255_413270_UFO's_and_Defense_What_Should_we_Prepare_For
Agency: NASA
Page 15
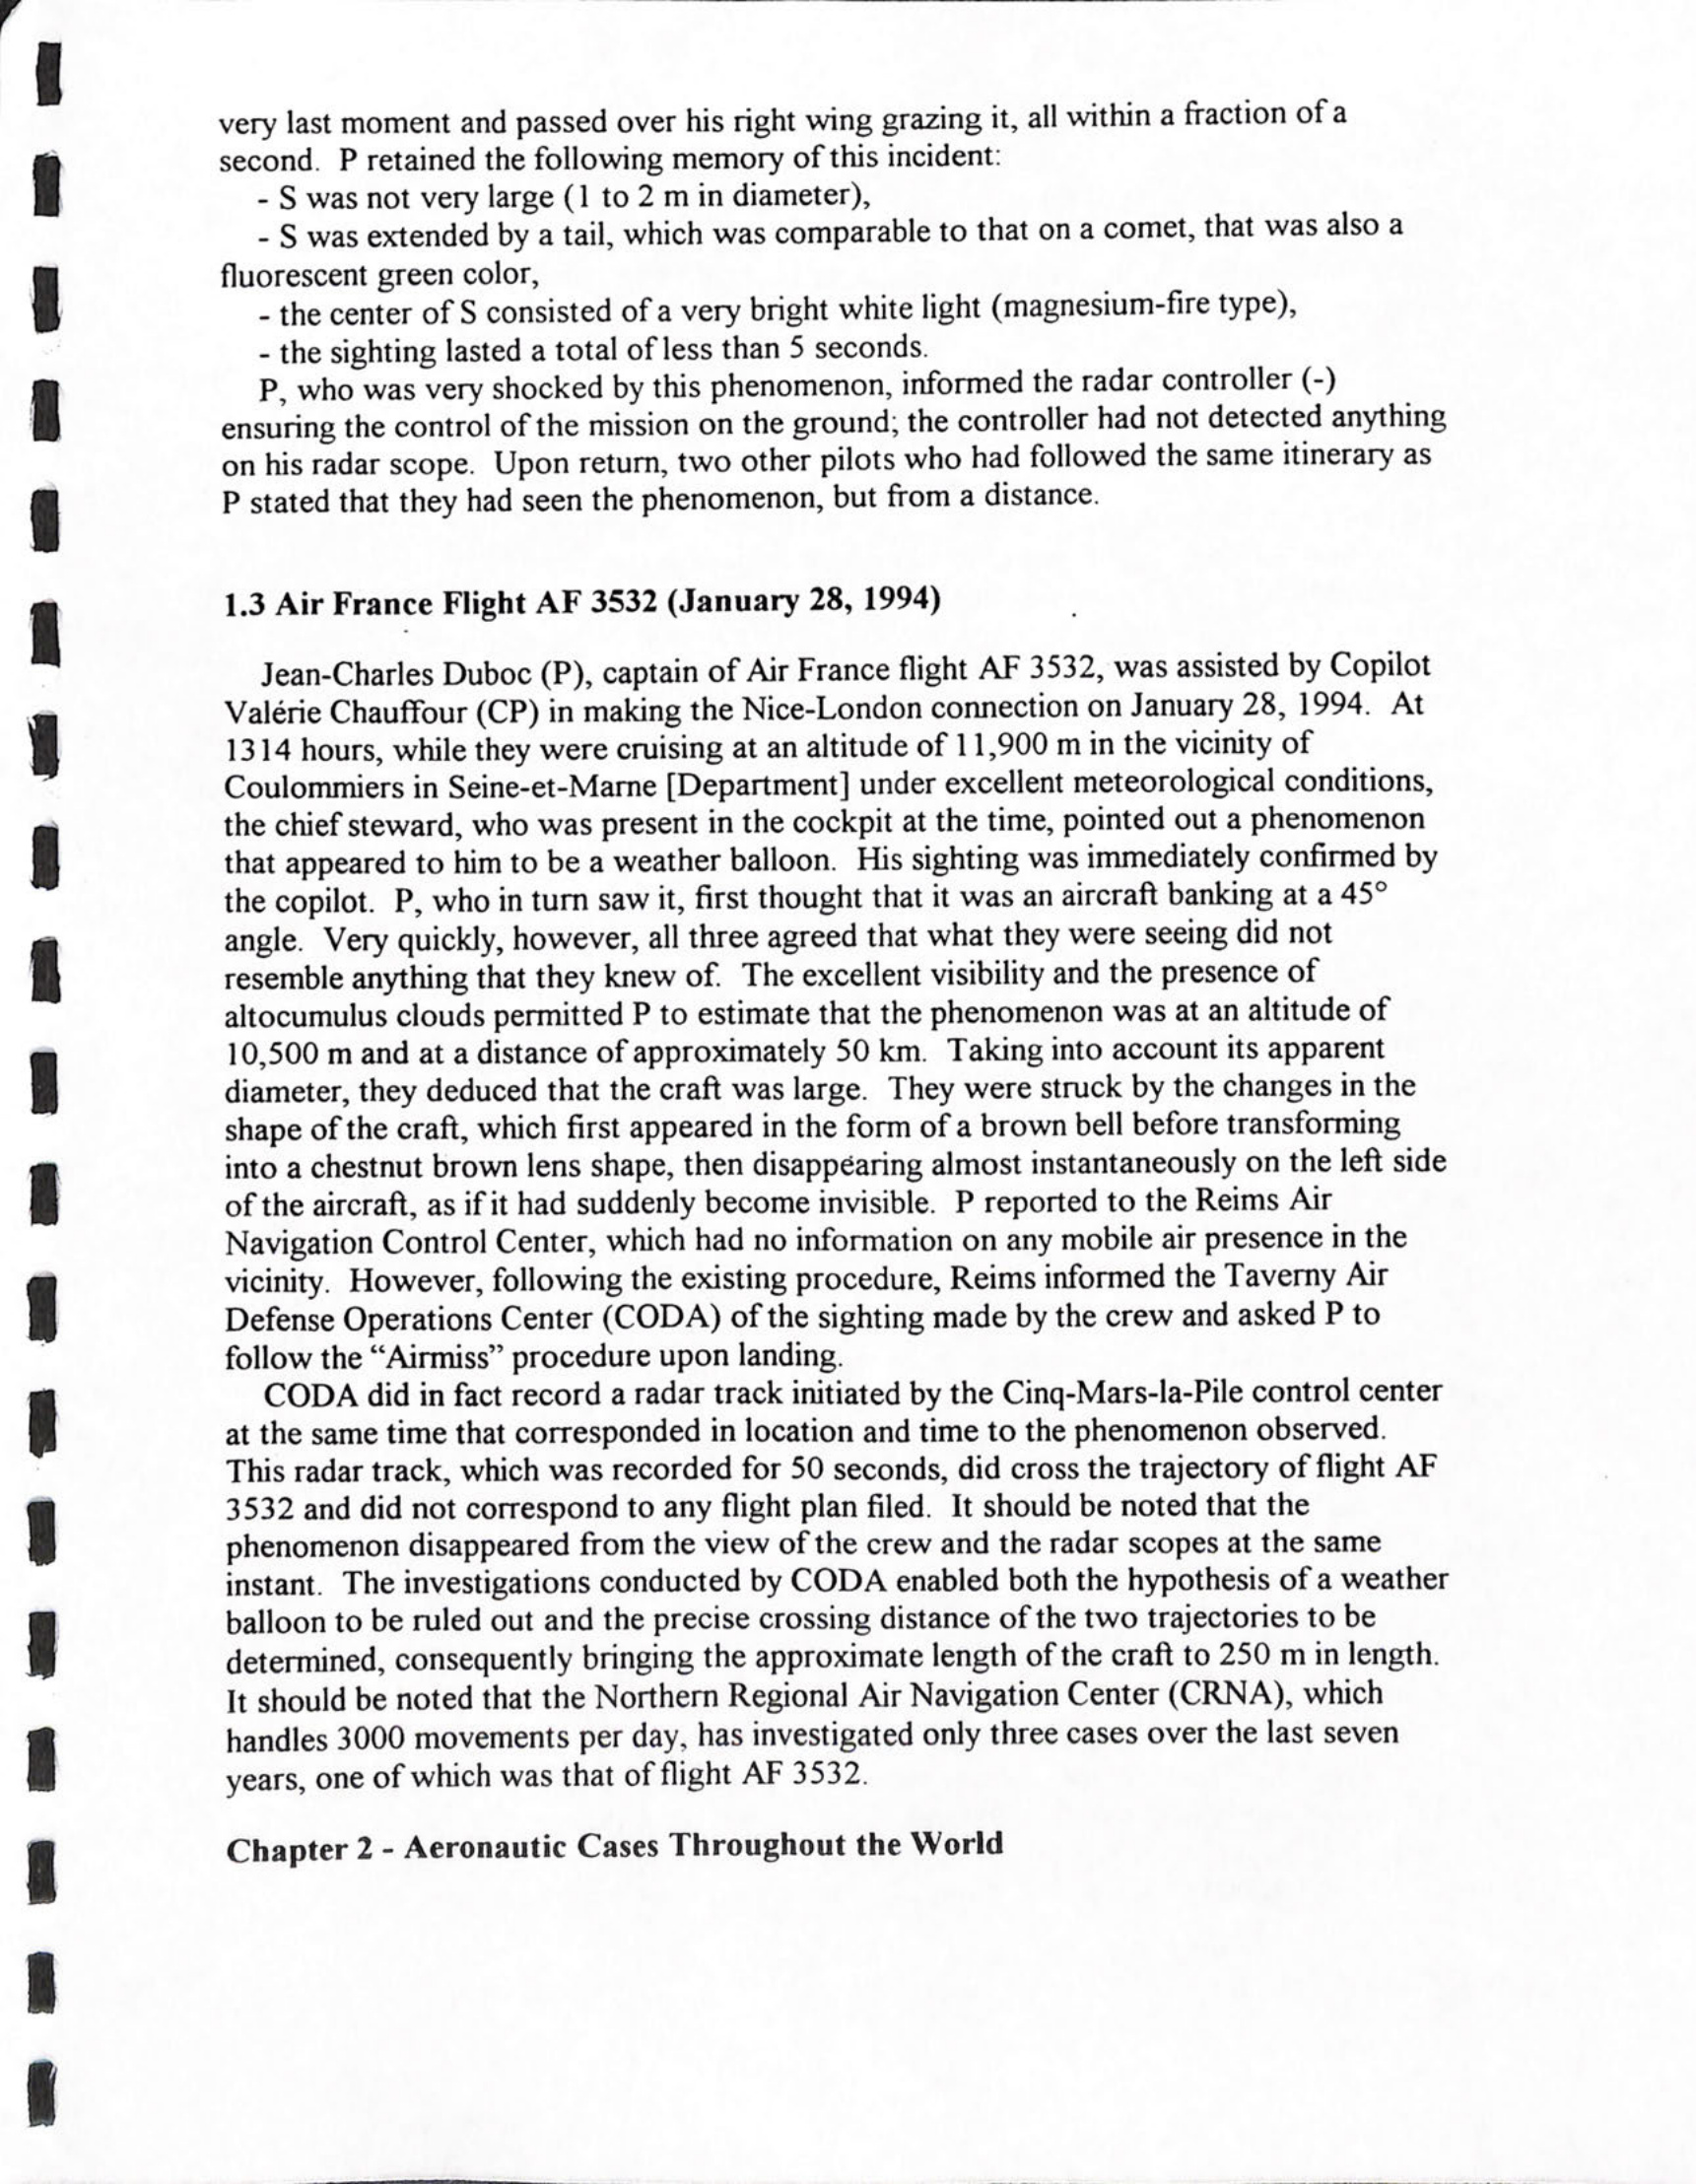